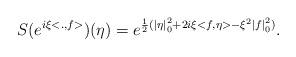
LaTeX: \begin{align*}S(e^{i\xi <.,f>})(\eta) = e^{\frac{1}{2}({|\eta|}^{2}_{0} + 2 i \xi <f,\eta> -{\xi}^{2} {|f|}^{2}_{0})}.\end{align*}